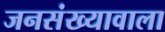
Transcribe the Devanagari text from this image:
जनसंख्यावाला